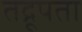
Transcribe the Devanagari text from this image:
तद्रूपता